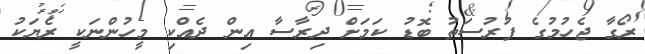
ރޯގާ ޖެހުމުގެ ފުރުސަތު ބޮޑު ކަމަށް ދިރާސާ އިން ދެއްކި މީހުންނަކީ ރެޔަކު